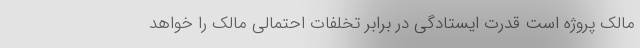
مالک پروژه است قدرت ایستادگی در برابر تخلفات احتمالی مالک را خواهد